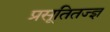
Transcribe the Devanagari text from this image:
प्रसूतितज्‍ज्ञ